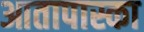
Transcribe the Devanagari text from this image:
आतापास्का